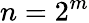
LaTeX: n=2^{m}